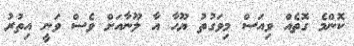
ކޮންމެ ގޮތެއް ވިއަސް މިވަގުތު ޔޫހާ އާ ލޫނާއަށް ވެސް ވަނީ އިތުރު